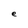
Character: e